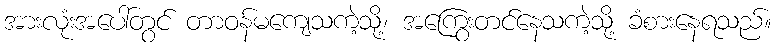
အားလုံးအပေါ်တွင် တာဝန်မကျေသကဲ့သို့၊ အကြွေးတင်နေသကဲ့သို့ ခံစားနေရသည်။